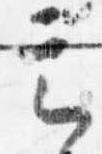
定